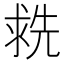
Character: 𬇶